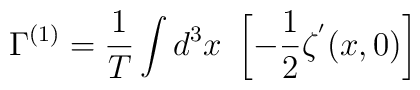
\Gamma ^{(1)}={\frac{1}{T}}\int d^{3}x\,\,\left[ -{\frac{1}{2}}\zeta^{^{\prime }}(x,0)\right]